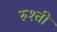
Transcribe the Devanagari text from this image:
रुश्ती